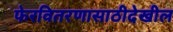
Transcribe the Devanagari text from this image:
फेरवितरणासाठीदेखील